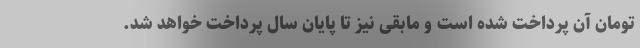
تومان آن پرداخت شده است و مابقی نیز تا پایان سال پرداخت خواهد شد.